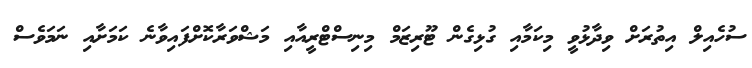
ސުހެއިލް އިތުރަށް ވިދާޅުވީ މިކަމާއި ގުޅިގެން ޓޫރިޒަމް މިނިސްޓްރީއާއި މަޝްވަރާކޮށްފައިވާނެ ކަމަށާއި ނަމަވެސް